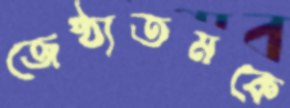
জেষ্ঠ্যতমকে